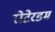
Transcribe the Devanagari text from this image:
रोटेरडम